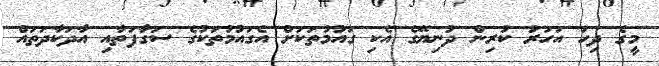
މީގެ ދިހަ އަހަރު ކުރިން ދުނިޔޭގެ އެކި ގައުމުތަކަށް އެގައުމުތަކުގެ ސަގާފަތާއި އާދަކާދަތައް